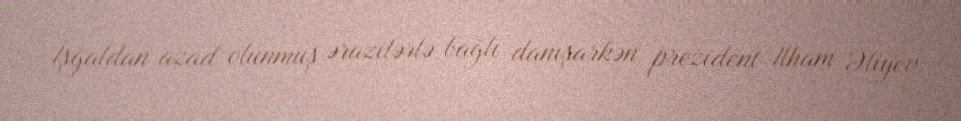
İşğaldan azad olunmuş ərazilərlə bağlı danışarkən prezident İlham Əliyev